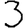
Digit: 3